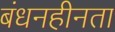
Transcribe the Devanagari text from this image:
बंधनहीनता